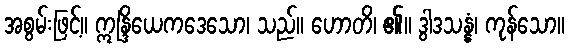
အစွမ်းဖြင့်။ ဣန္ဒြိယေကဒေသော၊ သည်။ ဟောတိ၊ ၏။ ဒွါဒသန္နံ၊ ကုန်သော။